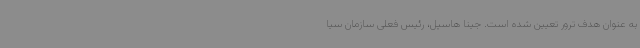
به عنوان هدف ترور تعیین شده است. جینا هاسپل، رئیس فعلی سازمان سیا